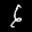
Label: 6